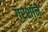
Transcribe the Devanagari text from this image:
गरशॉन